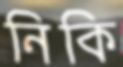
নিকি